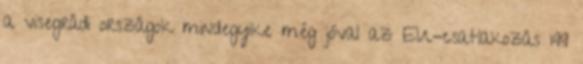
a visegrádi országok mindegyike még jóval az EU-csatlakozás 199